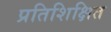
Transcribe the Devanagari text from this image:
प्रतिशिक्षित